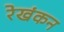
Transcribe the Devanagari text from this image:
रेखंकन